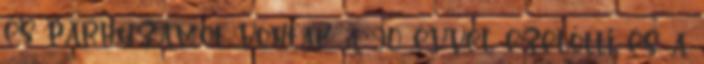
és párhuzamot vontak a 90 évvel ezelőtti és a